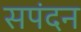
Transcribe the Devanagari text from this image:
सपंदन